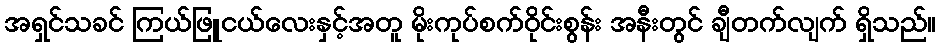
အရှင်သခင် ကြယ်ဖြူငယ်လေးနှင့်အတူ မိုးကုပ်စက်ဝိုင်းစွန်း အနီးတွင် ချီတက်လျက် ရှိသည်။